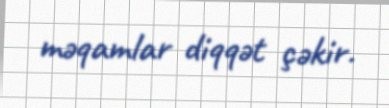
məqamlar diqqət çəkir.